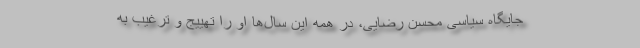
جایگاه سیاسی محسن رضایی، در همه این سال‌ها او را تهییج و ترغیب به